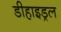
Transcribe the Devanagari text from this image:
डीहाइड्रल